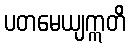
ပတမေယျဣတိ